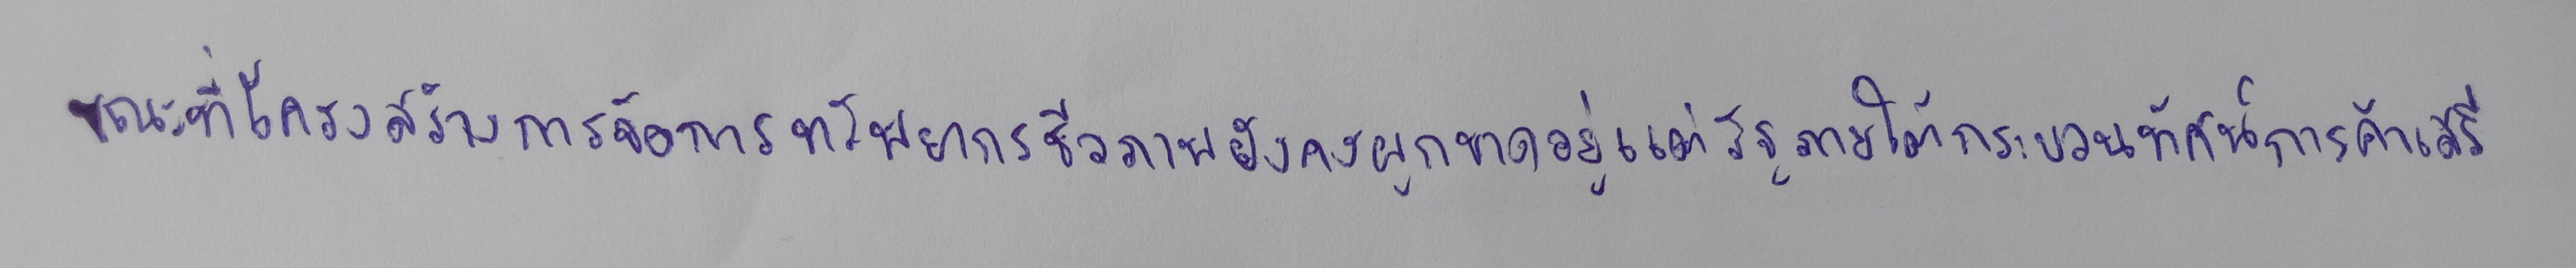
ขณะที่โครงสร้างการจัดการทรัพยากรชีวภาพยังคงผูกขาดอยู่แต่รัฐภายใต้กระบวนทัศน์การค้าเสรี